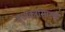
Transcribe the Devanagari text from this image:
सुधाकरासारखे